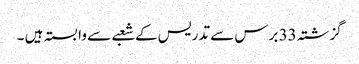
گزشتہ 33 برس سے تدریس کے شعبے سے وابستہ ہیں ۔